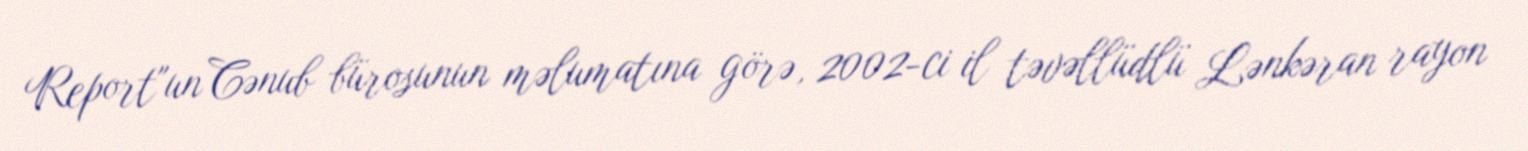
Report"un Cənub bürosunun məlumatına görə, 2002-ci il təvəllüdlü Lənkəran rayon